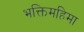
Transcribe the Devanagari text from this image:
भक्तिमहिमा